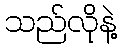
သည်လိုနဲ့